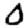
Digit: 0